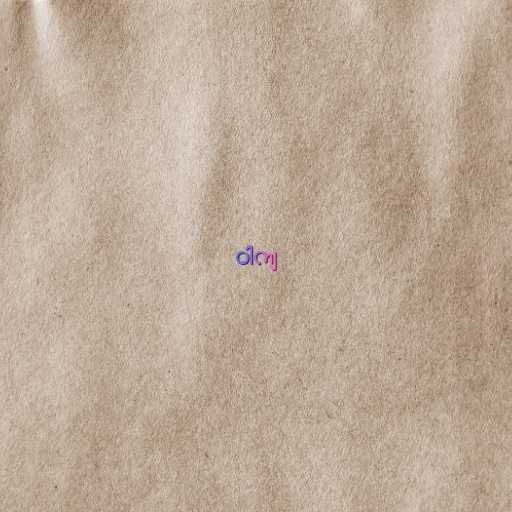
ဝါကျ